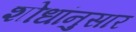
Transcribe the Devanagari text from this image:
शोधांनुसार